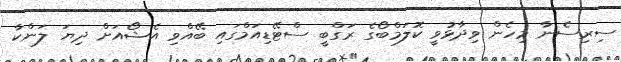
ސިރިސެނާ މިހެން ވިދާޅުވީ ކޮލަމްބޯގެ ރަގްބީ ސްޓޭޑިއަމްގައި ބޭއްވި އެޝޯއަށް ދިޔަ ލަންކާ